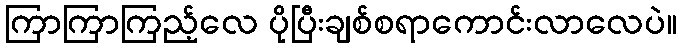
ကြာကြာကြည့်လေ ပိုပြီးချစ်စရာကောင်းလာလေပဲ။